Trukikaitis_Postimees, lk 16
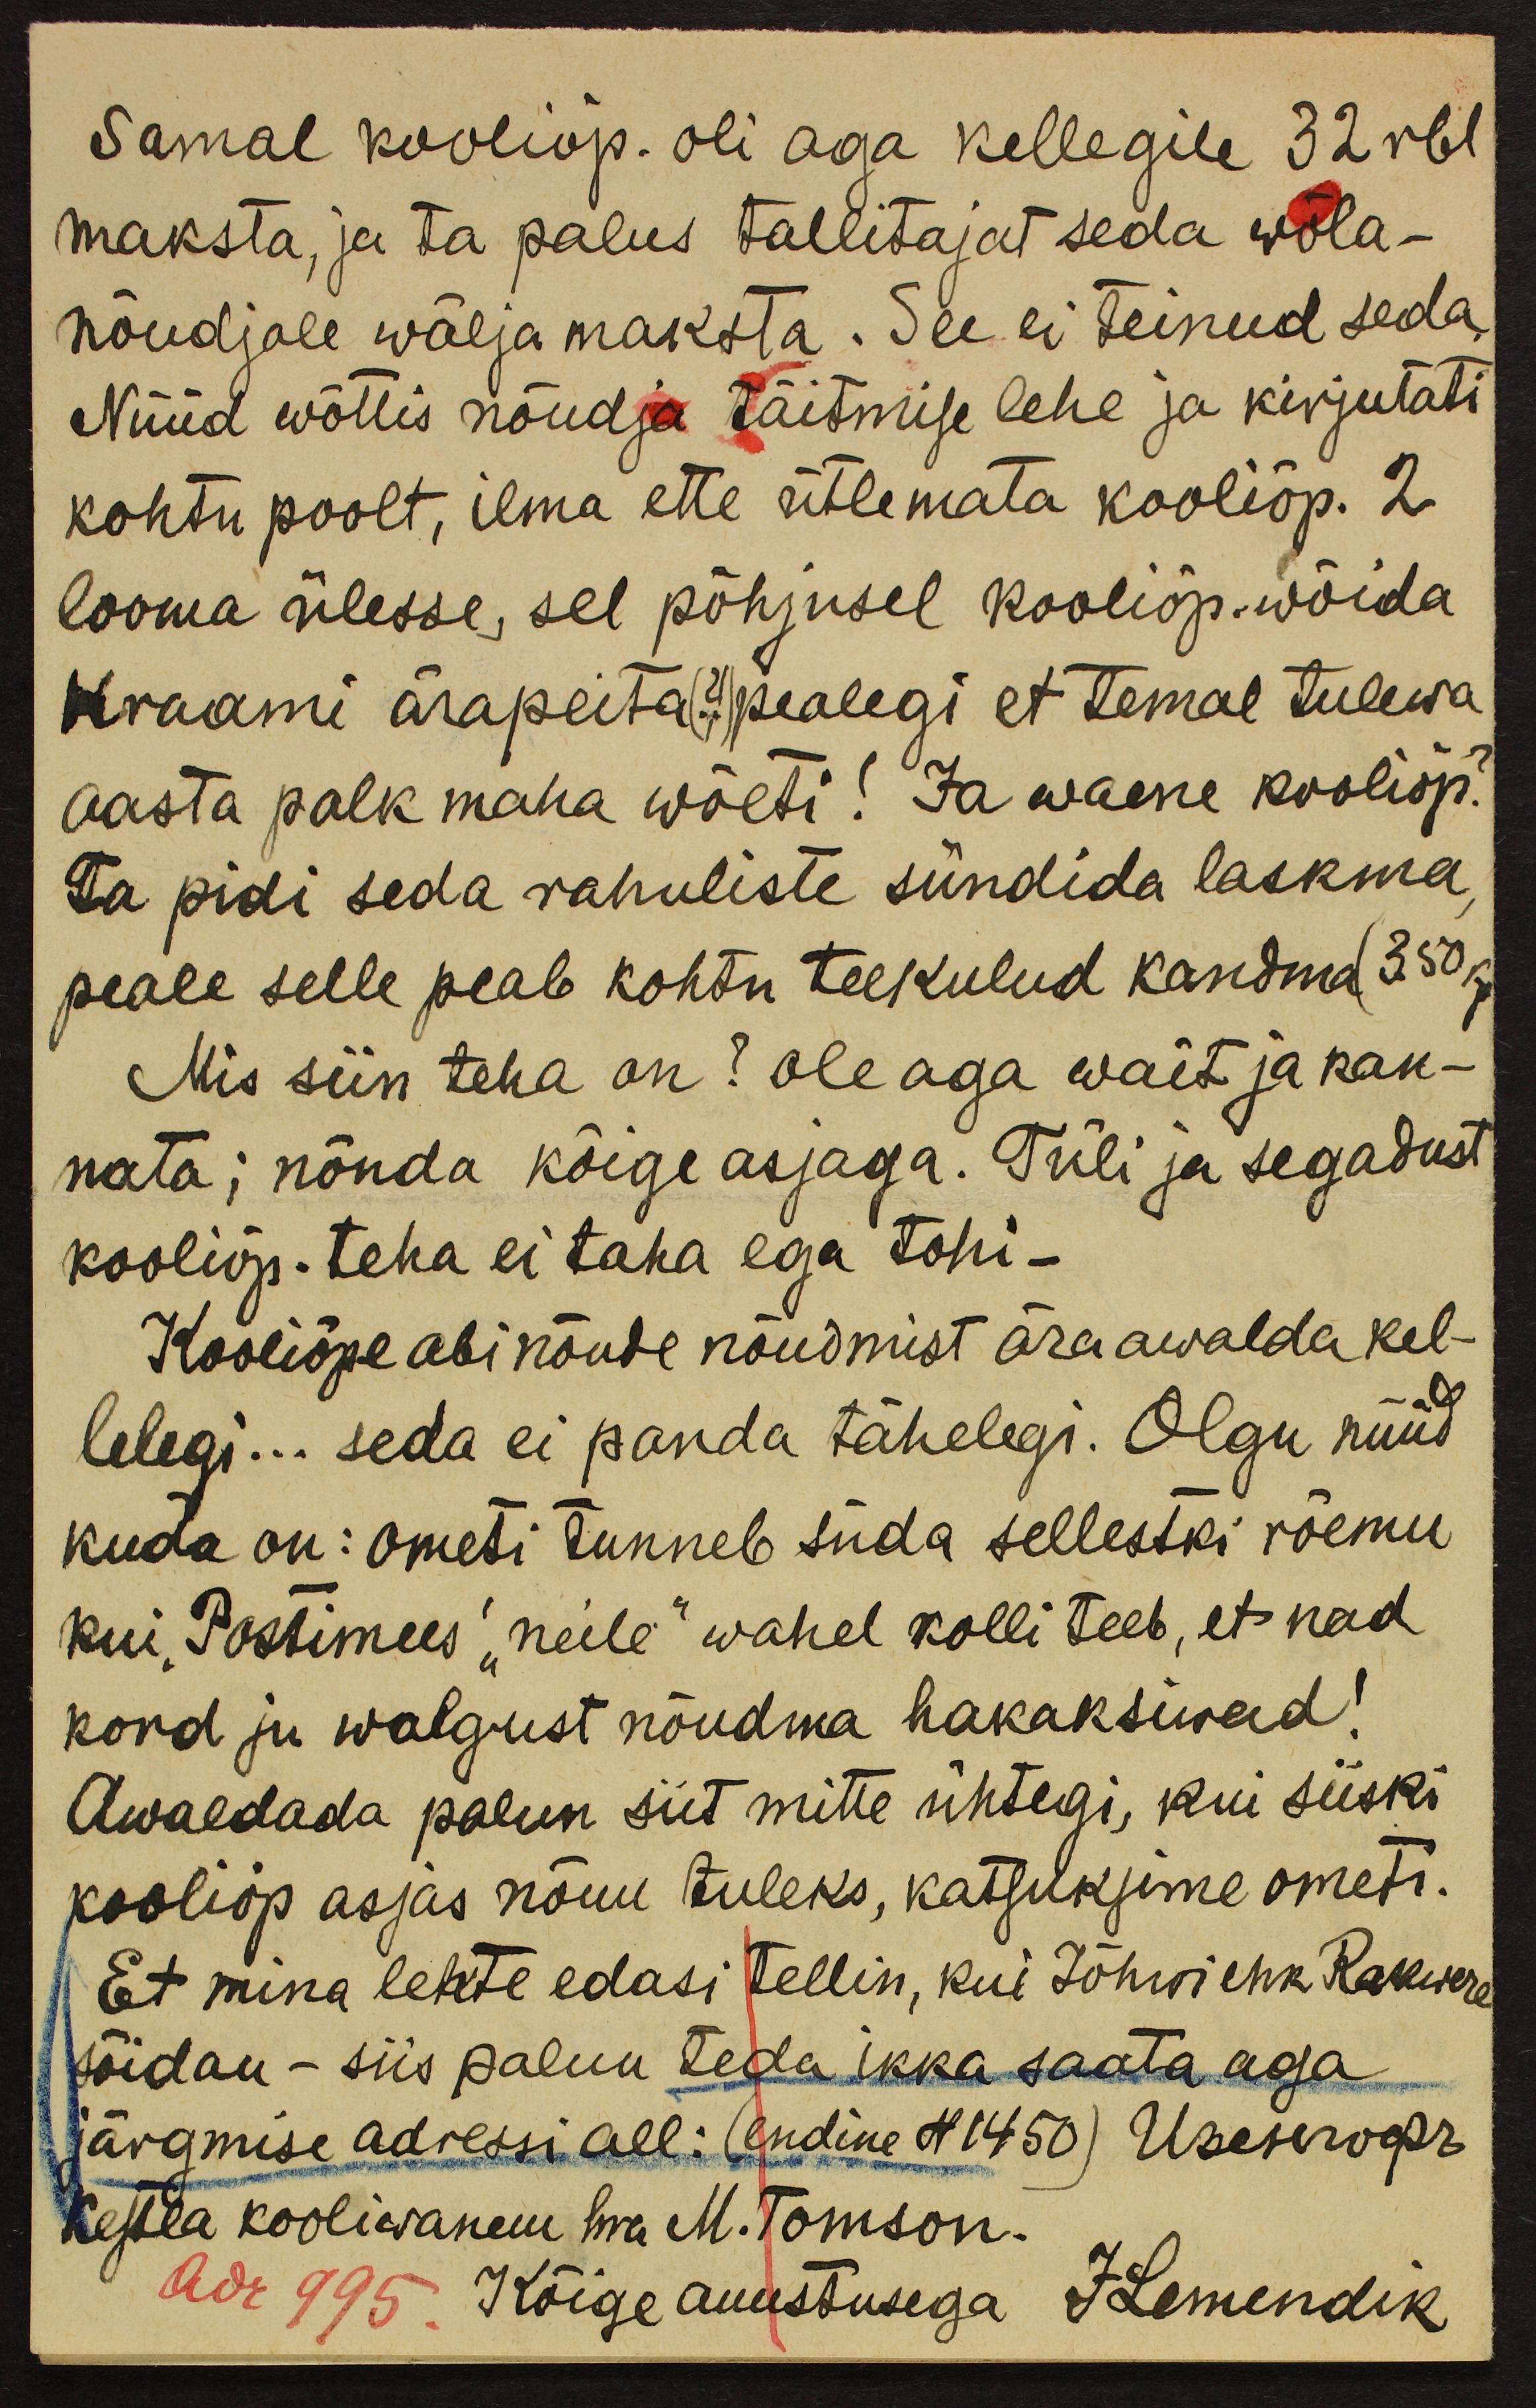
Samal kooliõp. oli aga kellegile 32 rbl.
maksta, ja ta palus tallitajat seda wõla-
nõudjale wälja maksta. See ei teinud seda.
Nüüd wõttis nõudja täitmise lehe ja kirjutati
kohtu poolt, ilma ette ütlemata kooliõp. 2
looma ülesse, sel põhjusel kooliõp. wõida
Kraami ärapeita (?!) pealegi et temal tulewa
aasta palk maha wõeti! Ja waene kooliõp?
Ta pidi seda rahuliste sündida laskma,
peale selle peab kohtu teekulud kandma (3.50 Ru
Mis siin teha on? ole aga wait ja kan-
nata; nõnda kõige asjaga. Tüli ja segadust
kooliõp. teha ei taha ega tohi-
Kooliõpe abinõude nõudmist ära awalda kel-
lelegi... seda ei panda tähelegi. Olgu nüüd
kuda on: Ometi tunneb süda sellestki rõemu
kui "Postimees" "neile" wahel kolli teeb, et nad
kord ju walgust nõudma hakaksiwad!
Awaldada palun siit mitte ühtegi, kui siiski
kooliõp asjas nõuu tuleks, katsuksime ometi.
Et mina lehte edasi tellin, kui Jõhwi ehk Rakwere
sõidan - siis palun teda ikka saata aga
järgmise adressi all: (endine N 1450) Ükseserveks
Kestla kooliwanem hra M. Tomson.
Adr 995 Kõige auustusega JLemendik